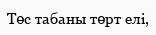
Төс табаны төрт елі,